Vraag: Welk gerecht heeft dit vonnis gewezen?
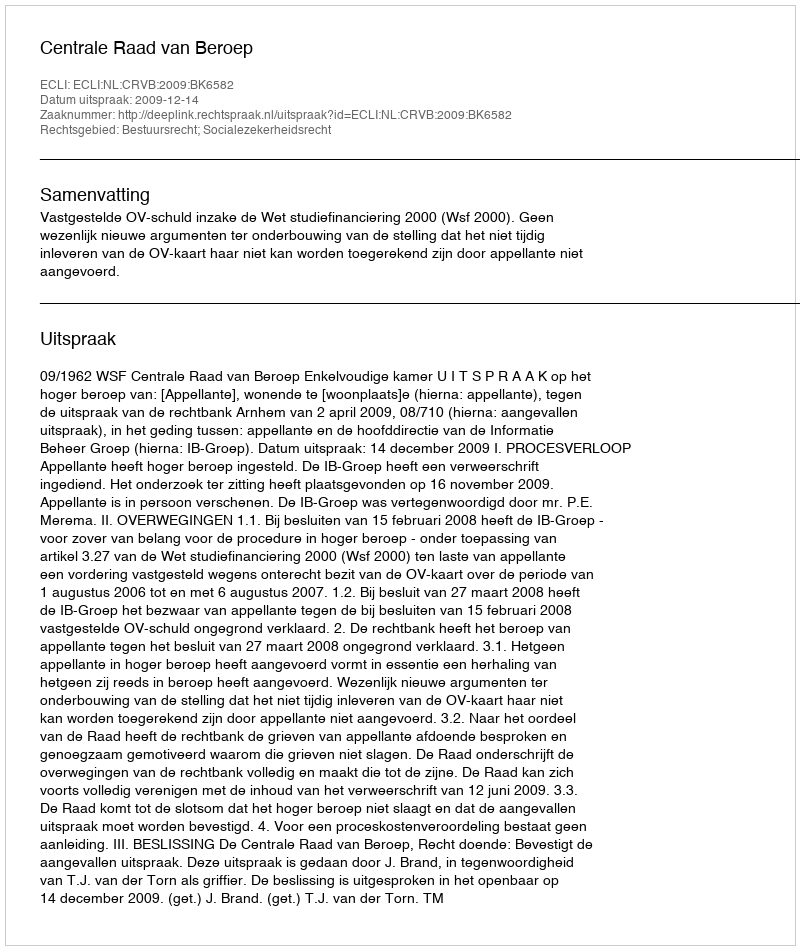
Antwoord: Centrale Raad van Beroep